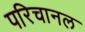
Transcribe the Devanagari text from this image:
परिचानल